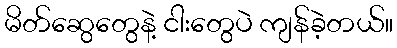
မိတ်ဆွေတွေနဲ့ ငါးတွေပဲ ကျန်ခဲ့တယ်။